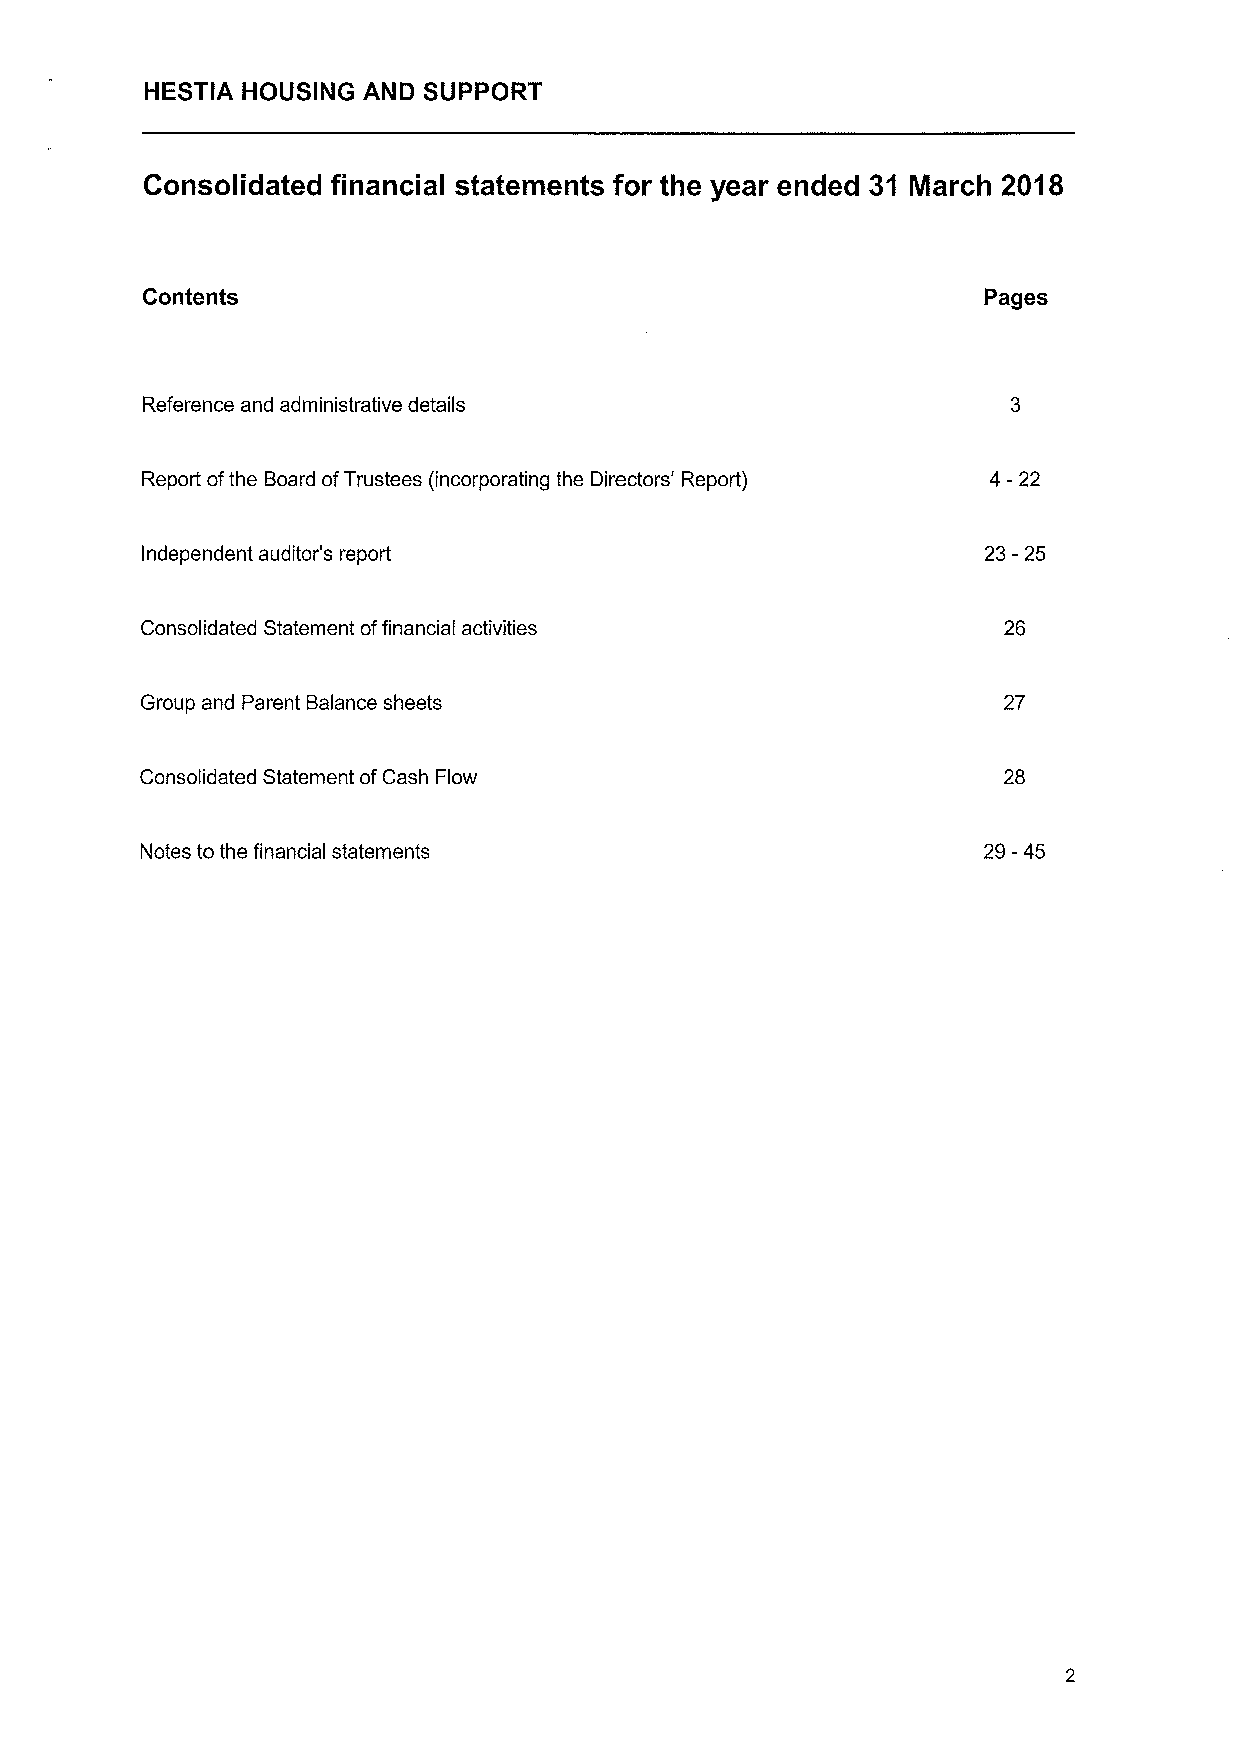
HESTIA HOUSING AND SUPPORT
 Consolidated financial statements for the year ended 31 March 2018
 Contents                                                Pages
 Reference and administrative details
 Report ofthe Board ofTrustees (incorporating the Directors' Report) 4-22
 Independent auditor's report                            23-25
 Consolidated Statement offinancial activities            26
 Group and Parent Balance sheets                          27
 Consolidated Statement ofCash Flow                       28
 Notes to the financial statements                       29-45